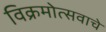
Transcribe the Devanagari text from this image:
विक्रमोत्सवाचे